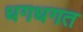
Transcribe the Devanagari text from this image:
धगधगत